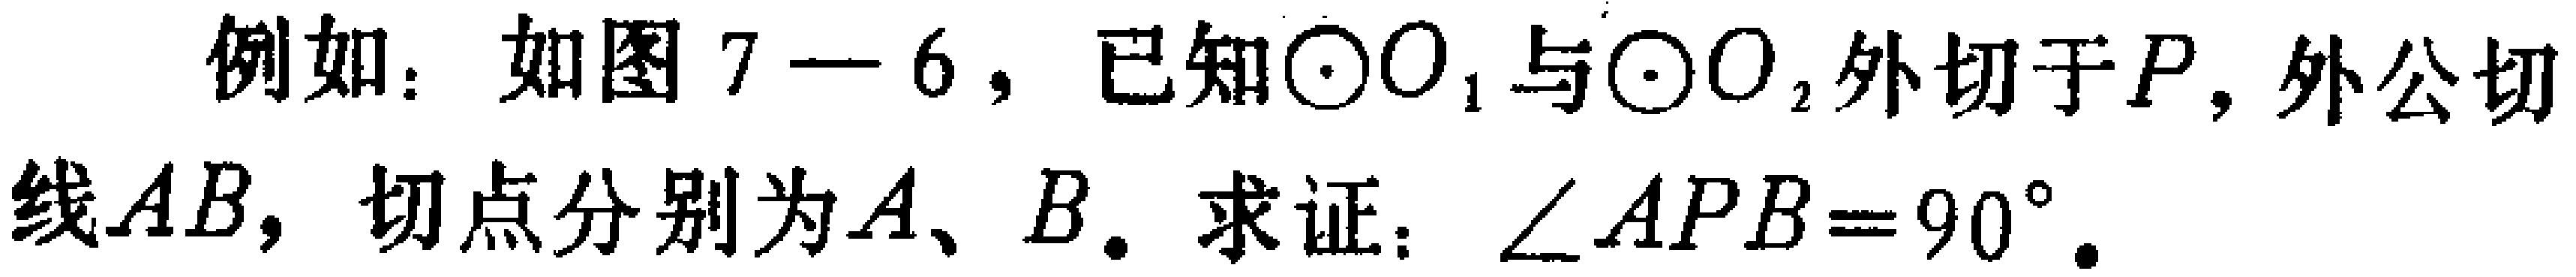
例如：如图7—6，已知\(\odot O_{1}\)与\(\odot O_{2}\)外切于\(P\)，外公切线\(AB\)，切点分别为\(A\)、\(B\)。求证：\(\angle APB = 90^{\circ}\)。